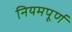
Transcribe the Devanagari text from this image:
नियमपूर्ण